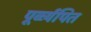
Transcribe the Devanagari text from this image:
पूर्व्व्यपित